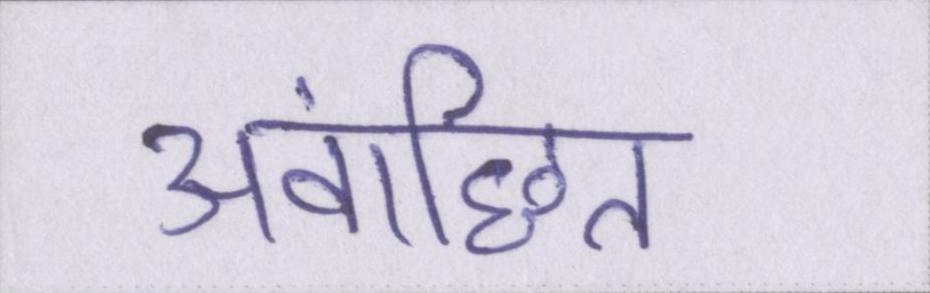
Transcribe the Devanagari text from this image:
अवांछित